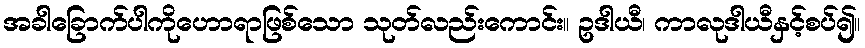
အခါခြောက်ပါကိုဟောရာဖြစ်သော သုတ်လည်းကောင်း။ ဥဒါယီ၊ ကာလုဒါယီနှင့်စပ်၍။